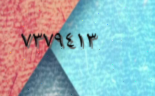
٧٣٧٩٤١٣